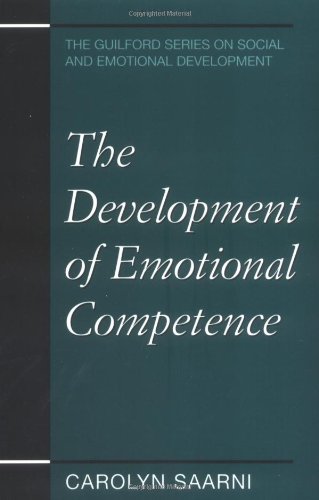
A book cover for The Development of Emotional Competence (Guilford Series on Social and Emotional Development); Carolyn Saarni PhD; Self-Help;